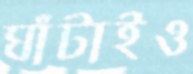
ঘাঁটাইও